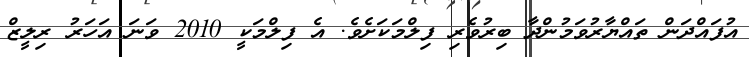
އުފައްދަން ތައްޔާރުވަމުންދާ ބިރުވެރި ފިލްމަކަށެވެ. އެ ފިލްމަކީ 2010 ވަނަ އަހަރު ރިލީޒް